Medical and sanitary report on the native army of Bombay for the year
Year: 1879
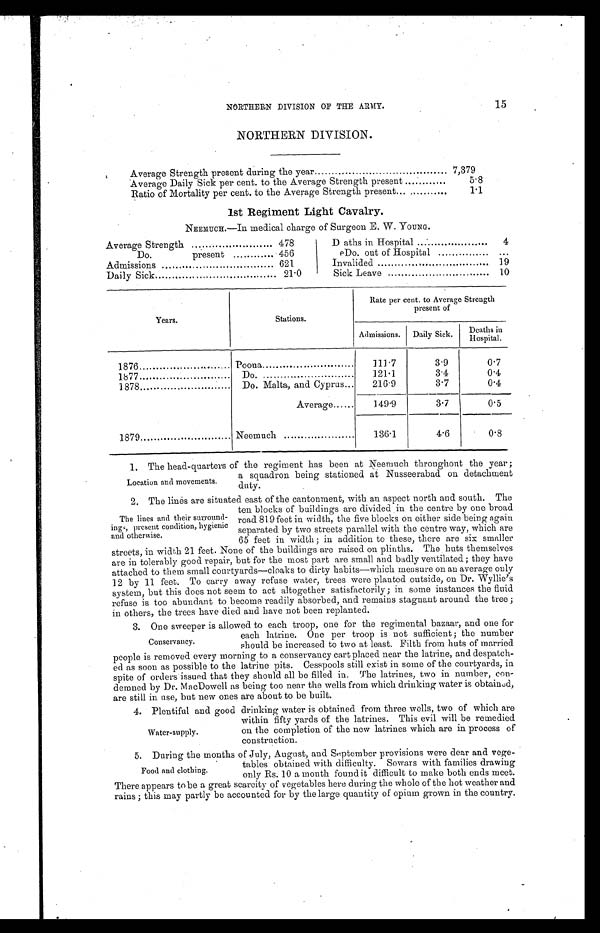
15
NORTHERN DIVISION OF THE ARMY.
NORTHERN DIVISION.
Average Strength present during the year
7,379
Average Daily Sick per cent. to the Average Strength present
5.8
Ratio of Mortality per cent. to the Average Strength present... . .
1.1
1st Regiment Light Cavalry.
NEEMUCH.—In medical charge of Surgeon E. W. YOUNG.
Average Strength
478
Do.
present
456
Admissions
621
Daily Sick
21.0
Daths in Hospital
4
Do. out of Hospital
. . .
Invalided
19
Sick Leave
10
Years.
Stations.
Rate per cent. to Average Strength
present of
Admissions. Daily Sick.
Deaths inH o s p i t a l .
1876
.
Poona
111.7
3.9
0.7
1877
Do.
121.1
3.4
0.4
1878
Do. Malta, and Cyprus...
216.9
3.7
0.4
Average......
149.9
3.7
0.5
1879
Neemuch
136.1
4.6
0.8
1. The head-quarters of the regiment has been at Neemuch throughout the year ;
a squadron being stationed at
Nusseerabad on detachment
duty.
2. The lines are situated east of the cantonment, with an aspect north and south. The
ten blocks of buildings are divided in the centre by one broad
road 819 feet in width, the five blocks on either side being again
separated by two streets parallel with the centre way, which are
65 feet in width ; in addition to these, there are six smaller
streets, in width 21 feet. None of the buildings are raised on plinths. The huts themselves
are in tolerably good repair, but for the most part are small and badly ventilated ; they have
attached to them small courtyards—cloaks to dirty habits—which measure on an average only
12 by 11 feet. To carry away refuse water, trees were planted outside, on Dr. Wyllie’s
system, but this does not seem to act altogether satisfactorily ; in some instances the fluid
refuse is too abundant to become readily absorbed, and remains stagnant around the tree ;
in others, the trees have died and have not been replanted.
3. One sweeper is allowed to each troop, one for the regimental bazaar, and one for
Location and movements.
The lines and their
s u r r o u n d - i n g s , p r e s e n t
c o n d i t i o n ,h
y g i e n i c
and otherwise.
each latrine. One per troop is not sufficient ; the number
should be increased to two at least. Filth from huts of married
Conservancy.
people is removed every morning to a conservancy cart placed near the latrine, and despatch-
ed as soon as possible to the latrine pits. Cesspools still exist in some of the courtyards, in
spite of orders issued that they should all be filled in. The latrines, two in number, con-
demned by Dr. MacDowell as being too near the wells from which drinking water is obtained,
are still in use, but new ones are about to be built.
4. Plentiful and good drinking water is obtained from three wells, two of which are
within fifty yards of the latrines. This evil will be remedied
on the completion of the new latrines which are in process of
construction.
5. During the months of July, August, and September provisions were dear and vege-
6.
tables obtained with difficulty. Sowars with families drawing
7.
only Rs.10 a month found it difficult to make both ends meet.
8.
There appears to be a great scarcity of vegetables here during the whole of the hot weather and
9.
rains ; this may partly be accounted for by the large quantity of opium grown in the country.
Water-supply.
tables obtained with difficulty. Sowars with families drawing
only Rs. 10 a month found it difficult to make both ends meet.
There appears to be a great scarcity of vegetables here during the whole of the hot weather and
rains ; this may partly be accounted for by the large quantity of opium grown in the country.
Food and clothing.